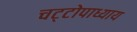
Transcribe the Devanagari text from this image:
चट्‌टोपाध्याय